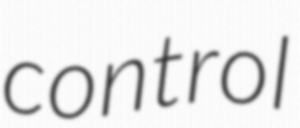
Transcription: control